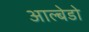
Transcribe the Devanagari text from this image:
आल्बेडो